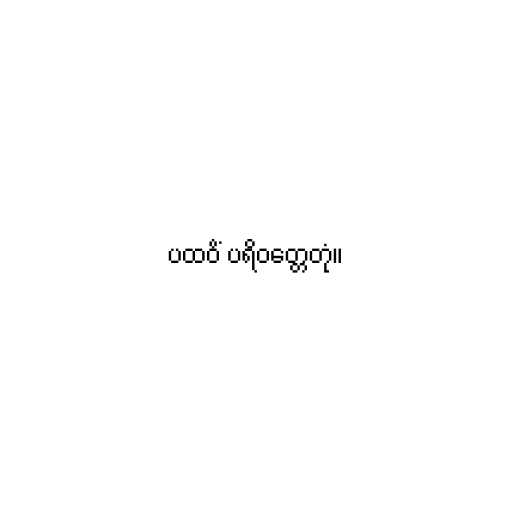
ပထဝိံ ပရိဝတ္တေတုံ။